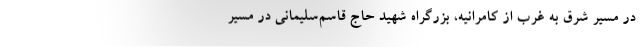
در مسیر شرق به غرب از کامرانیه، بزرگراه شهید حاج قاسم‌سلیمانی در مسیر